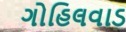
ગોહિલવાડ